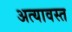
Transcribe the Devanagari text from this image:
अत्यावस्त